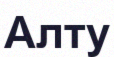
Алту